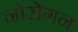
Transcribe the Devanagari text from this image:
नोरोगन